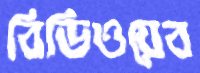
বিডিওয়েব